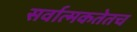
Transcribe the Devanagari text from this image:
सर्वात्मकतेतच